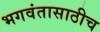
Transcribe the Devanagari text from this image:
भगवंतासाठीच